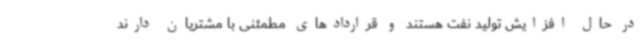
در حال افزایش تولید نفت هستند و قراردادهای مطمئنی با مشتریان دارند